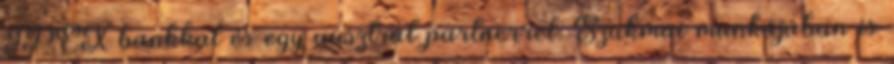
IPEX bankkal és egy ausztrál partnerrel. Szakmai munkájában is